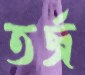
তর্জ